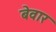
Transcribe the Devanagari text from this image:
बेवार